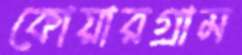
কোয়ারগ্রাম